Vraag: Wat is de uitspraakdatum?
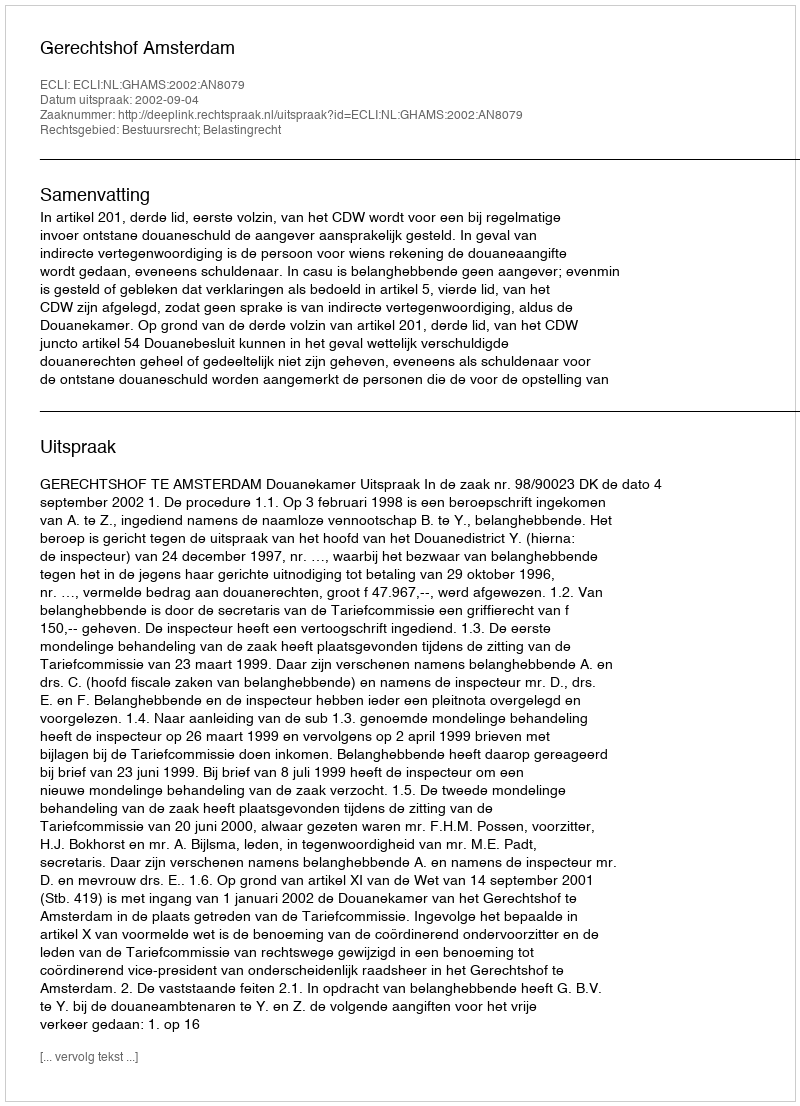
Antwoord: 2002-09-04